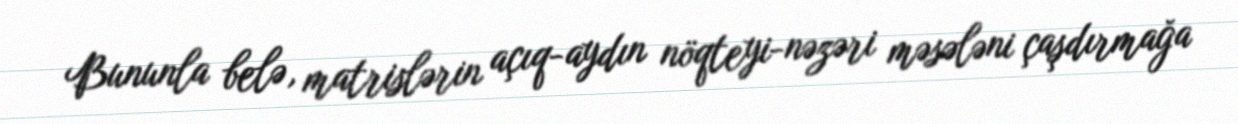
Bununla belə, matrislərin açıq-aydın nöqteyi-nəzəri məsələni çaşdırmağa